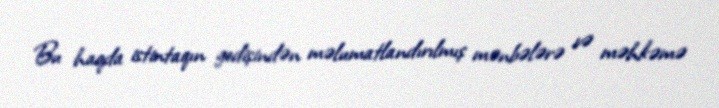
Bu haqda istintaqın gedişindən məlumatlandırılmış mənbələrə və məhkəmə